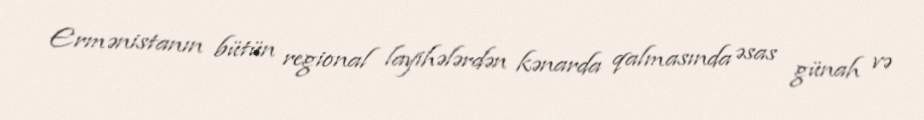
Ermənistanın bütün regional layihələrdən kənarda qalmasında əsas günah və